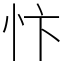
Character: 忭